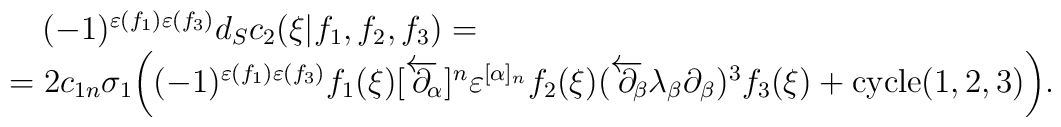
\begin{array}{l}\,\,\,\,\,\,(-1)^{\varepsilon(f_1)\varepsilon(f_3)}d_Sc_2(\xi|f_1,f_2,f_3)=\\=2c_{1n}\sigma_1\biggl((-1)^{\varepsilon(f_1)\varepsilon(f_3)}f_1(\xi)[\overleftarrow\partial\!\!_\alpha]^n\varepsilon^{[\alpha]_n}f_2(\xi)(\overleftarrow\partial\!\!_\beta\lambda_\beta\partial_\beta)^3f_3(\xi)+\hbox{cycle}(1,2,3)\biggr).\end{array}